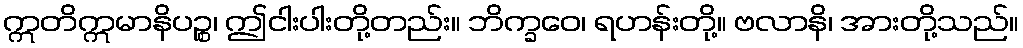
ဣတိဣမာနိပဉ္စ၊ ဤငါးပါးတို့တည်း။ ဘိက္ခဝေ၊ ရဟန်းတို့။ ဗလာနိ၊ အားတို့သည်။